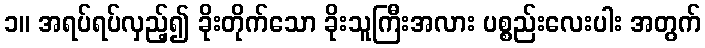
၁။ အရပ်ရပ်လှည့်၍ ခိုးတိုက်သော ခိုးသူကြီးအလား ပစ္စည်းလေးပါး အတွက်